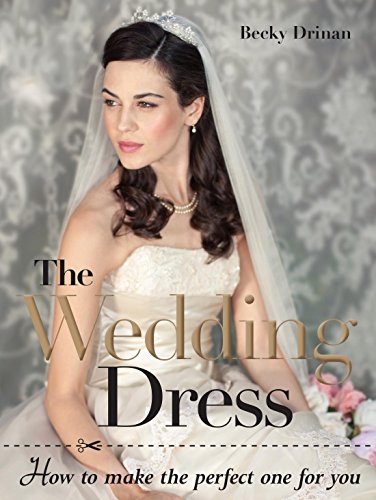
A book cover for The Wedding Dress: How to Make the Perfect One for You; Becky Drinan; Crafts, Hobbies & Home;